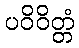
ပဝိဝိတ္တံ